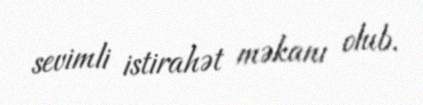
sevimli istirahət məkanı olub.